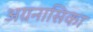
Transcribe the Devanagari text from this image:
अग्रनासिका